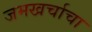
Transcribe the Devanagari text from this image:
जमखर्चाचा